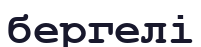
бергелі